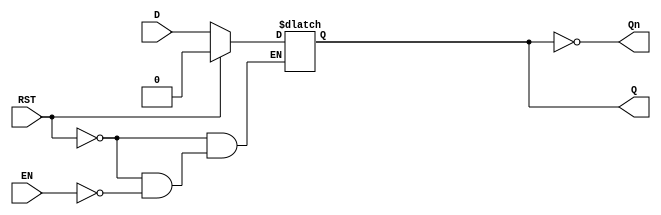
module latch_register (
    input wire D,        // Data input
    input wire EN,       // Enable signal
    input wire RST,      // Reset signal (optional)
    output reg Q,        // Data output
    output wire Qn       // Complement output
);

// Invert the output for complement
assign Qn = ~Q;

// Latch behavior
always @(*) begin
    if (RST) begin
        Q = 1'b0; // Reset the latch to 0
    end else if (EN) begin
        Q = D;    // Capture the input data when EN is high
    end
    // If EN is low, retain the current state of Q
end

endmodule